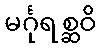
မင်္ဂုရစ္ဆဝိ